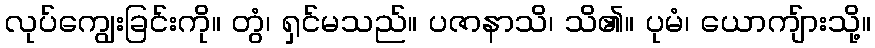
လုပ်ကျွေးခြင်းကို။ တွံ၊ ရှင်မသည်။ ပဇာနာသိ၊ သိ၏။ ပုမံ၊ ယောကျ်ားသို့။